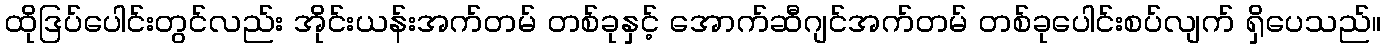
ထိုဒြပ်ပေါင်းတွင်လည်း အိုင်းယန်းအက်တမ် တစ်ခုနှင့် အောက်ဆီဂျင်အက်တမ် တစ်ခုပေါင်းစပ်လျက် ရှိပေသည်။